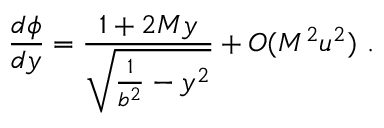
\frac { d \phi } { d y } = \frac { 1 + 2 M y } { \sqrt { \frac { 1 } { b ^ { 2 } } - y ^ { 2 } } } + O ( M ^ { 2 } u ^ { 2 } ) \ .